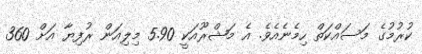
ކުރުމުގެ މަސައްކަތް ހިމެނެއެވެ. އެ މަޝްރޫއަކީ 5.90 މިލިއަން ރުފިޔާ އަށް 360